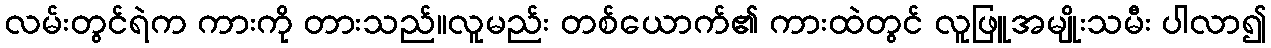
လမ်းတွင်ရဲက ကားကို တားသည်။လူမည်း တစ်ယောက်၏ ကားထဲတွင် လူဖြူအမျိုးသမီး ပါလာ၍